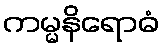
ကမ္မနိရောဓံ